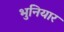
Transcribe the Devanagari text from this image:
भुनियार